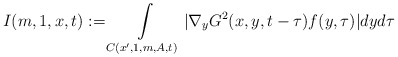
\begin{align*}I(m,1,x,t):= \int\limits_{C(x',1,m,A,t)}|\nabla_{y}G^{2}(x,y,t-\tau)f(y,\tau)| dyd\tau\end{align*}